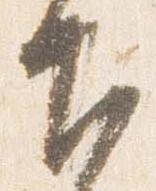
下